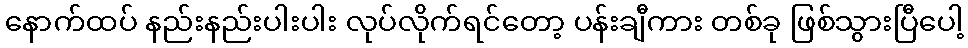
နောက်ထပ် နည်းနည်းပါးပါး လုပ်လိုက်ရင်တော့ ပန်းချီကား တစ်ခု ဖြစ်သွားပြီပေါ့